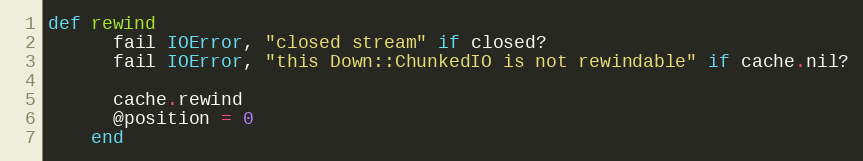
Language: Ruby
def rewind
      fail IOError, "closed stream" if closed?
      fail IOError, "this Down::ChunkedIO is not rewindable" if cache.nil?

      cache.rewind
      @position = 0
    end